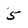
Character: 5